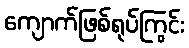
ကျောက်ဖြစ်ရုပ်ကြွင်း